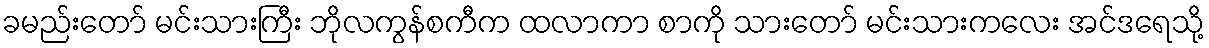
ခမည်းတော် မင်းသားကြီး ဘိုလကွန်စကီက ထလာကာ စာကို သားတော် မင်းသားကလေး အင်ဒရေသို့